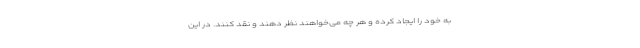
به خود را ایجاد کرده و هر چه می‌خواهند نظر دهند و نقد کنند. در این